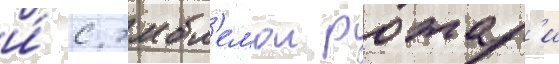
и́ с эмбл'емои ротар'и